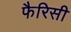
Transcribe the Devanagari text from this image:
फैरिसी